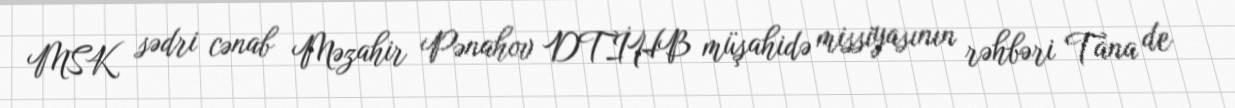
MSK sədri cənab Məzahir Pənahov DTİHB müşahidə missiyasının rəhbəri Tana de